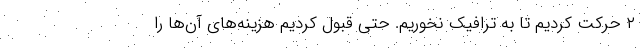
۲ حرکت کردیم تا به ترافیک نخوریم. حتی قبول کردیم هزینه‌های آن‌ها را